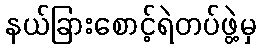
နယ်ခြားစောင့်ရဲတပ်ဖွဲ့မှ